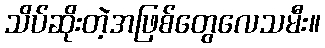
သိပ်ဆိုးတဲ့အဖြစ်တွေလေသမီး။